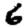
Digit: 6